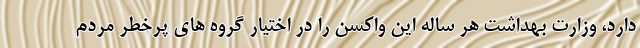
دارد، وزارت بهداشت هر ساله این واکسن را در اختیار گروه های پرخطر مردم